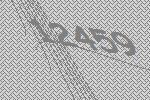
12459